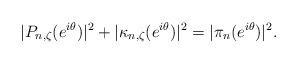
LaTeX: \begin{align*}|P_{n,\zeta}(e^{i\theta})|^2+|\kappa_{n,\zeta}(e^{i\theta})|^2=|\pi_n(e^{i\theta})|^2.\end{align*}